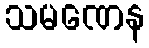
သမဏေန